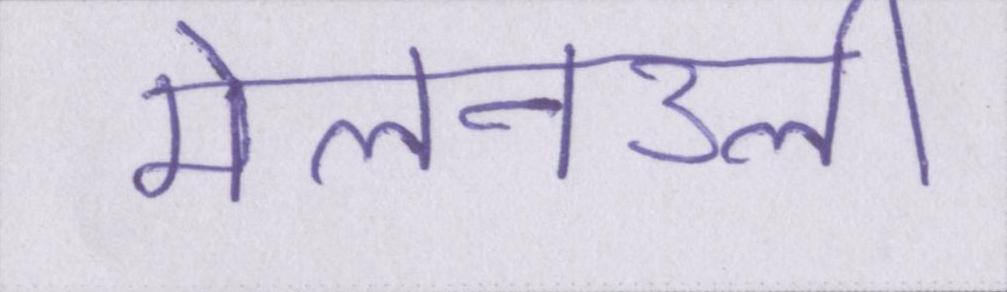
मेलनउली